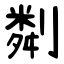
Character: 㔂